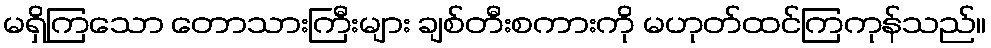
မရှိကြသော တောသားကြီးများ ချစ်တီးစကားကို မဟုတ်ထင်ကြကုန်သည်။